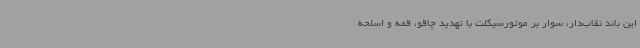
این باند نقاب‌دار، سوار بر موتورسیکلت با تهدید چاقو، قمه و اسلحه